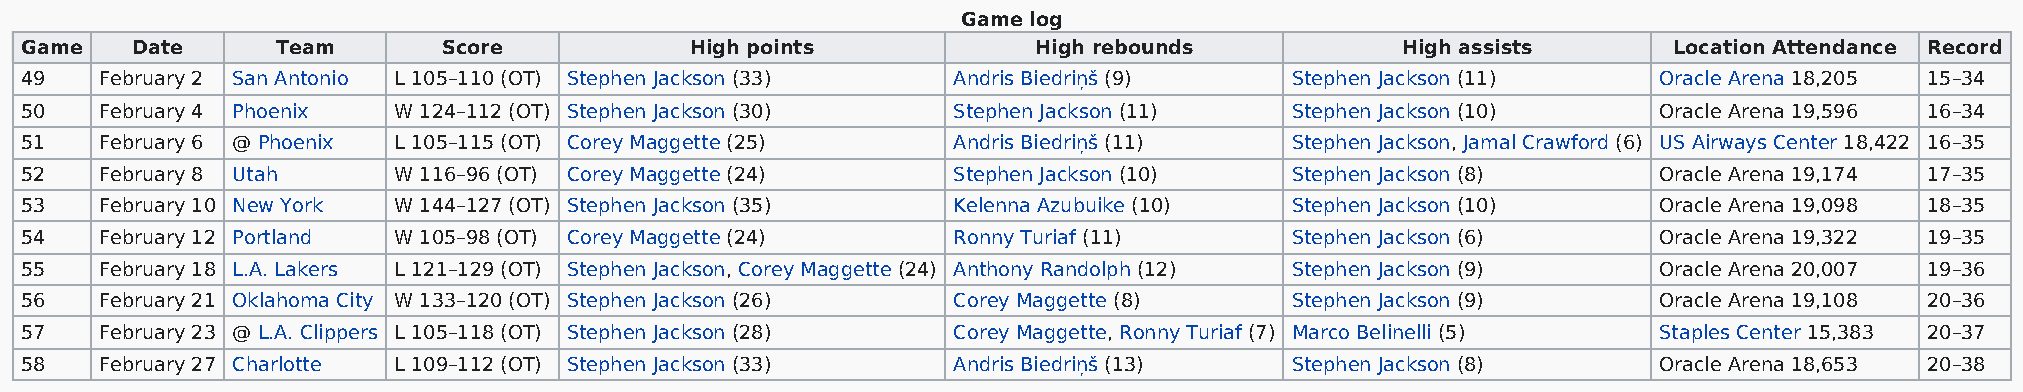
Game log
 Game    Date     Team       Score            High points            High rebounds           High assists      Location Attendance Record
 49    February 2 San Antonio L 105–110 (OT) Stephen Jackson (33) Andris Biedriņš (9) Stephen Jackson (11)    Oracle Arena 18,205 15–34
 50    February 4 Phoenix W 124–112 (OT) Stephen Jackson (30)  Stephen Jackson (11)   Stephen Jackson (10)    Oracle Arena 19,596 16–34
 51    February 6 @ Phoenix L 105–115 (OT) Corey Maggette (25) Andris Biedriņš (11)   Stephen Jackson, Jamal Crawford (6) US Airways Center 18,422 16–35
 52    February 8 Utah    W 116–96 (OT) Corey Maggette (24)    Stephen Jackson (10)   Stephen Jackson (8)     Oracle Arena 19,174 17–35
 53    February 10 New York W 144–127 (OT) Stephen Jackson (35) Kelenna Azubuike (10) Stephen Jackson (10)    Oracle Arena 19,098 18–35
 54    February 12 Portland W 105–98 (OT) Corey Maggette (24)  Ronny Turiaf (11)      Stephen Jackson (6)     Oracle Arena 19,322 19–35
 55    February 18 L.A. Lakers L 121–129 (OT) Stephen Jackson, Corey Maggette (24) Anthony Randolph (12) Stephen Jackson (9) Oracle Arena 20,007 19–36
 56    February 21 Oklahoma City W 133–120 (OT) Stephen Jackson (26) Corey Maggette (8) Stephen Jackson (9)   Oracle Arena 19,108 20–36
 57    February 23 @ L.A. Clippers L 105–118 (OT) Stephen Jackson (28) Corey Maggette, Ronny Turiaf (7) Marco Belinelli (5) Staples Center 15,383 20–37
 58    February 27 Charlotte L 109–112 (OT) Stephen Jackson (33) Andris Biedriņš (13) Stephen Jackson (8)     Oracle Arena 18,653 20–38